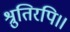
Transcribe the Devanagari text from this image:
श्रुतिरपि।।